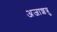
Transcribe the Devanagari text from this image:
अजाशत्रु